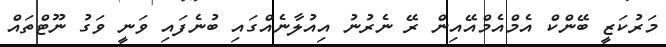
މަރުކަޒީ ބޭންކް އެމްއެމްއޭއިން ރޭ ނެރުނު އިއުލާނެއްގައި ބުނެފައި ވަނީ ވަގު ނޫޓްތައް